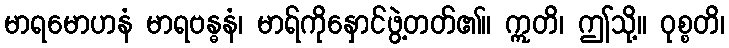
မာရမောဟနံ မာရဗန္ဓနံ၊ မာရ်ကိုနှောင်ဖွဲ့တတ်၏။ ဣတိ၊ ဤသို့။ ဝုစ္စတိ၊